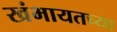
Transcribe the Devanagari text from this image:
खंभायतच्या